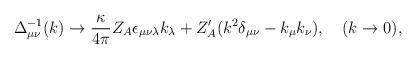
LaTeX: \begin{align*}\Delta^{-1}_{\mu\nu}(k)\to \frac{\kappa}{4\pi}Z_A \epsilon_{\mu\nu\lambda} k_{\lambda}+Z'_A (k^2\delta_{\mu\nu}-k_{\mu}k_{\nu}),\quad (k\to 0),\end{align*}